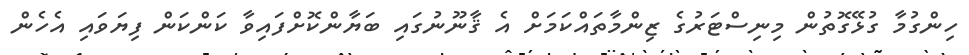
ހިންގުމާ ގުޅޭގޮތުން މިނިސްޓަރުގެ ޒިންމާތައްކަމަށް އެ ޤާނޫނުގައި ބަޔާންކޮށްފައިވާ ކަންކަން ފިޔަވައި އެހެން